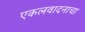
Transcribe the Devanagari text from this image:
एकलवादनाचा